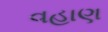
વહાણ